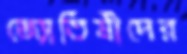
জ্যোতিষীদের